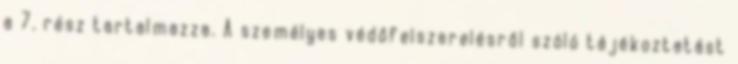
a 7. rész tartalmazza. A személyes védőfelszerelésről szóló tájékoztatást